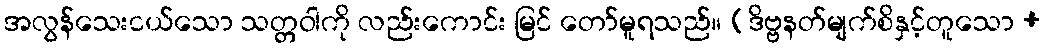
အလွန်သေးငယ်သော သတ္တဝါကို လည်းကောင်း မြင် တော်မူရသည်။ (ဒိဗ္ဗနတ်မျက်စိနှင့်တူသော +